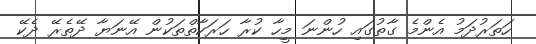
ހަތަރުދަމު އެންމެ ގާތުގައި ހުންނަ މީހާ ކުރާ ހަރަކާތްތަކުން އޭނަޔާ ދޭތެރޭ ދެކޭ